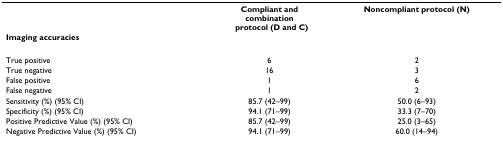
<table><thead><tr><td></td><td><b>Compliant andcombinationprotocol (D and C)</b></td><td><b>Noncompliant protocol (N)</b></td></tr><tr><td><b>Imaging accuracies</b></td><td></td><td></td></tr></thead><tbody><tr><td>True positive</td><td>6</td><td>2</td></tr><tr><td>True negative</td><td>16</td><td>3</td></tr><tr><td>False positive</td><td>1</td><td>6</td></tr><tr><td>False negative</td><td>1</td><td>2</td></tr><tr><td>Sensitivity (%) (95% CI)</td><td>85.7 (42–99)</td><td>50.0 (6–93)</td></tr><tr><td>Specificity (%) (95% CI)</td><td>94.1 (71–99)</td><td>33.3 (7–70)</td></tr><tr><td>Positive Predictive Value (%) (95% CI)</td><td>85.7 (42–99)</td><td>25.0 (3–65)</td></tr><tr><td>Negative Predictive Value (%) (95% CI)</td><td>94.1 (71–99)</td><td>60.0 (14–94)</td></tr></tbody></table>